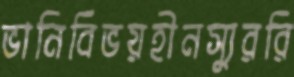
ভানিবিভয়হীনস্যুররি